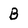
Character: B